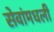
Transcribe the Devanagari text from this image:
सेवांमधली